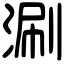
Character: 涮